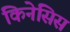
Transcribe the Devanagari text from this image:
किनेसिस